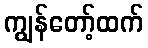
ကျွန်တော့်ထက်